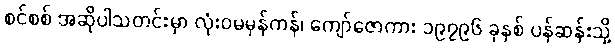
စင်စစ် အဆိုပါသတင်းမှာ လုံးဝမမှန်ကန်၊ ကျော်ဇောကား ၁၉၇၉၆ ခုနှစ် ပန်ဆန်းသို့